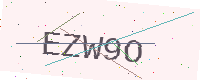
Text: EZW9O